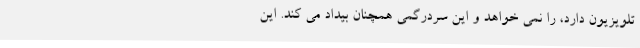
تلویزیون دارد، را نمی خواهد و این سردرگمی همچنان بیداد می کند. این